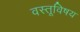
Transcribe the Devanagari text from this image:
वस्तूविषय